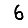
Digit: 6